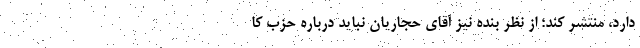
دارد، منتشر کند؛ از نظر بنده نیز آقای حجاریان نباید درباره حزب کا